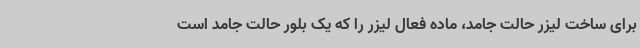
برای ساخت لیزر حالت جامد، ماده فعال لیزر را که یک بلور حالت جامد است